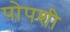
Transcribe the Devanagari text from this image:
पोपशी